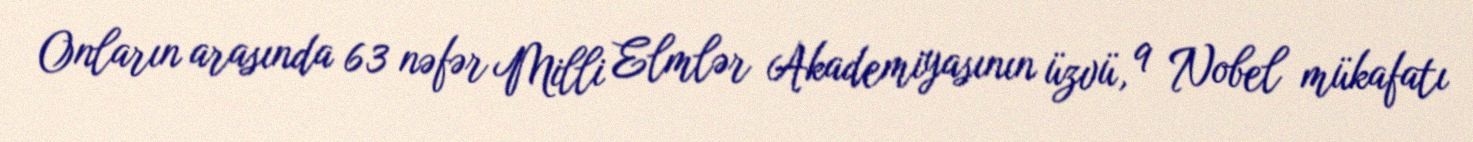
Onların arasında 63 nəfər Milli Elmlər Akademiyasının üzvü, 9 Nobel mükafatı